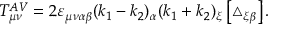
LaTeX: T _ { \mu \nu } ^ { A V } = 2 \varepsilon _ { \mu \nu \alpha \beta } ( k _ { 1 } - k _ { 2 } ) _ { \alpha } ( k _ { 1 } + k _ { 2 } ) _ { \xi } \left[ \triangle _ { \xi \beta } \right] .